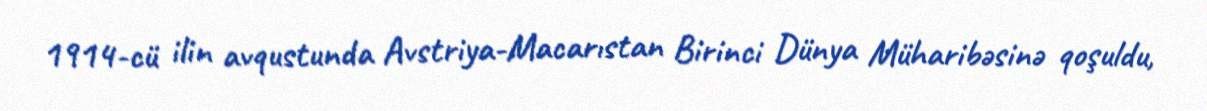
1914-cü ilin avqustunda Avstriya-Macarıstan Birinci Dünya Müharibəsinə qoşuldu,